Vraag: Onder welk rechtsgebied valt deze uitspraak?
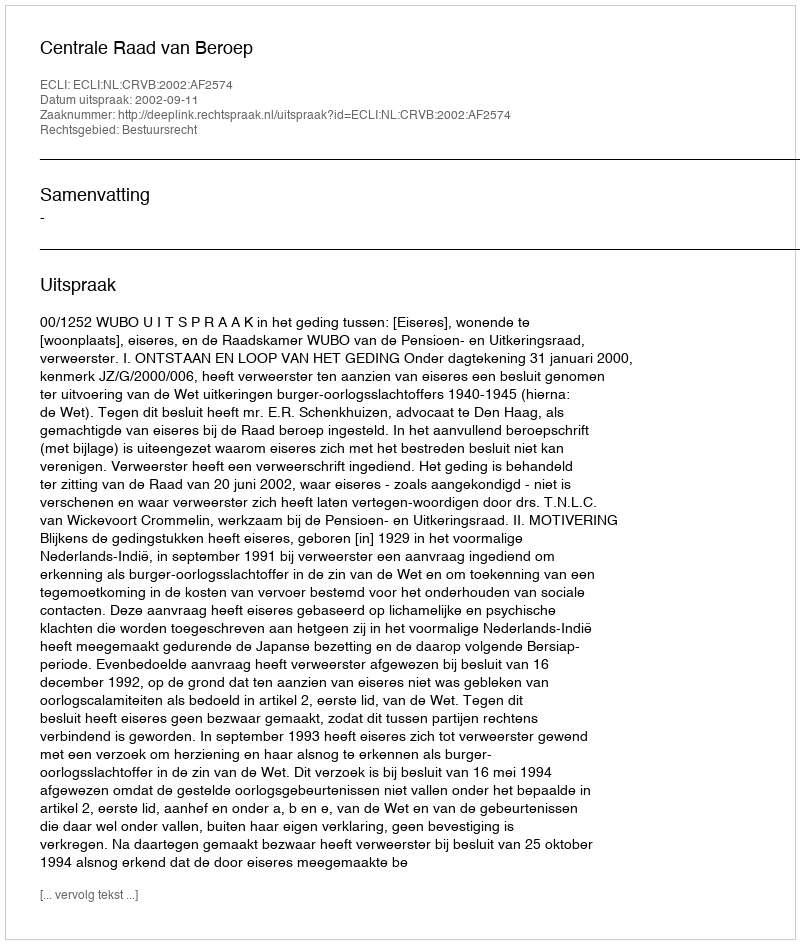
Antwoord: Bestuursrecht